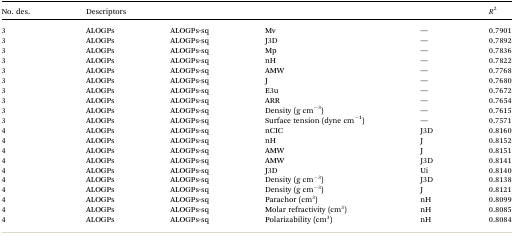
<table><thead><tr><td><b>No. des.</b></td><td colspan="4"><b>Descriptors</b></td><td><b><i>R</i><sup>2</sup></b></td></tr></thead><tbody><tr><td>3</td><td>ALOGPs</td><td>ALOGPs-sq</td><td>Mv</td><td>—</td><td>0.7901</td></tr><tr><td>3</td><td>ALOGPs</td><td>ALOGPs-sq</td><td>J3D</td><td>—</td><td>0.7892</td></tr><tr><td>3</td><td>ALOGPs</td><td>ALOGPs-sq</td><td>Mp</td><td>—</td><td>0.7836</td></tr><tr><td>3</td><td>ALOGPs</td><td>ALOGPs-sq</td><td>nH</td><td>—</td><td>0.7822</td></tr><tr><td>3</td><td>ALOGPs</td><td>ALOGPs-sq</td><td>AMW</td><td>—</td><td>0.7768</td></tr><tr><td>3</td><td>ALOGPs</td><td>ALOGPs-sq</td><td>J</td><td>—</td><td>0.7680</td></tr><tr><td>3</td><td>ALOGPs</td><td>ALOGPs-sq</td><td>E3u</td><td>—</td><td>0.7672</td></tr><tr><td>3</td><td>ALOGPs</td><td>ALOGPs-sq</td><td>ARR</td><td>—</td><td>0.7654</td></tr><tr><td>3</td><td>ALOGPs</td><td>ALOGPs-sq</td><td>Density (g cm<sup>–3</sup>)</td><td>—</td><td>0.7615</td></tr><tr><td>3</td><td>ALOGPs</td><td>ALOGPs-sq</td><td>Surface tension (dyne cm<sup>–1</sup>)</td><td>—</td><td>0.7571</td></tr><tr><td>4</td><td>ALOGPs</td><td>ALOGPs-sq</td><td>nCIC</td><td>J3D</td><td>0.8160</td></tr><tr><td>4</td><td>ALOGPs</td><td>ALOGPs-sq</td><td>nH</td><td>J</td><td>0.8152</td></tr><tr><td>4</td><td>ALOGPs</td><td>ALOGPs-sq</td><td>AMW</td><td>J</td><td>0.8151</td></tr><tr><td>4</td><td>ALOGPs</td><td>ALOGPs-sq</td><td>AMW</td><td>J3D</td><td>0.8141</td></tr><tr><td>4</td><td>ALOGPs</td><td>ALOGPs-sq</td><td>J3D</td><td>Ui</td><td>0.8140</td></tr><tr><td>4</td><td>ALOGPs</td><td>ALOGPs-sq</td><td>Density (g cm<sup>–3</sup>)</td><td>J3D</td><td>0.8138</td></tr><tr><td>4</td><td>ALOGPs</td><td>ALOGPs-sq</td><td>Density (g cm<sup>–3</sup>)</td><td>J</td><td>0.8121</td></tr><tr><td>4</td><td>ALOGPs</td><td>ALOGPs-sq</td><td>Parachor (cm<sup>3</sup>)</td><td>nH</td><td>0.8099</td></tr><tr><td>4</td><td>ALOGPs</td><td>ALOGPs-sq</td><td>Molar refractivity (cm<sup>3</sup>)</td><td>nH</td><td>0.8085</td></tr><tr><td>4</td><td>ALOGPs</td><td>ALOGPs-sq</td><td>Polarizability (cm<sup>3</sup>)</td><td>nH</td><td>0.8084</td></tr></tbody></table>